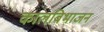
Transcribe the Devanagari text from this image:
कालबिभाजन